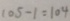
1 0 5 - 1 = 1 0 4